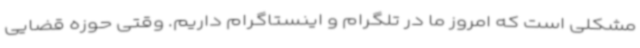
مشکلی است که امروز ما در تلگرام و اینستاگرام داریم. وقتی حوزه قضایی